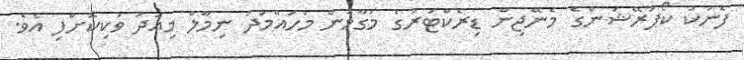
ފެނަކަ ކޯޕަރޭޝަންގެ މެނޭޖިން ޑިރެކްޓަރުގެ މަގާމުން މުހައްމަދު ނިމާލް މިއަދު ވަކިކޮށްފި އެވެ.